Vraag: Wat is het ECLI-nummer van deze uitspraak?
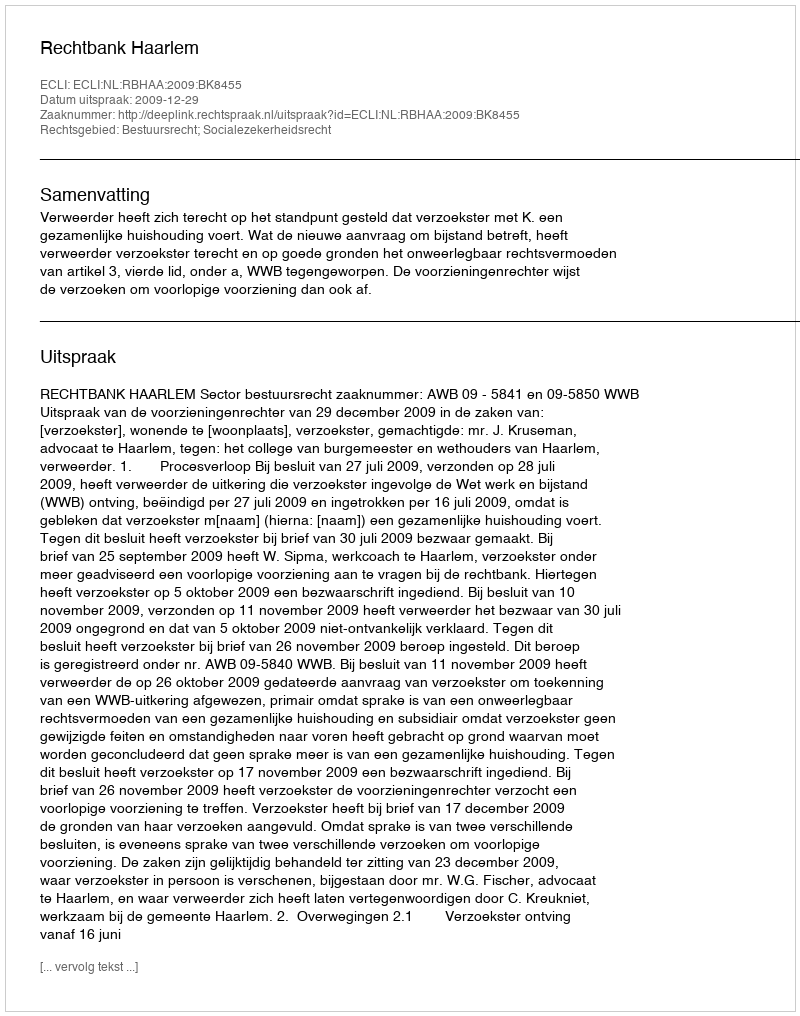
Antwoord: ECLI:NL:RBHAA:2009:BK8455